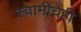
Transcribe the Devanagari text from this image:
स्वामींचेही